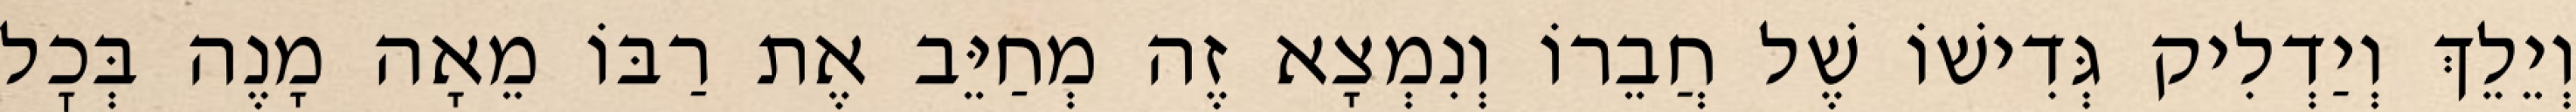
וְיֵלֵךְ וְיַדְלִיק גְּדִישׁוֹ שֶׁל חֲבֵרוֹ וְנִמְצָא זֶה מְחַיֵּב אֶת רַבּוֹ מֵאָה מָנֶה בְּכׇל